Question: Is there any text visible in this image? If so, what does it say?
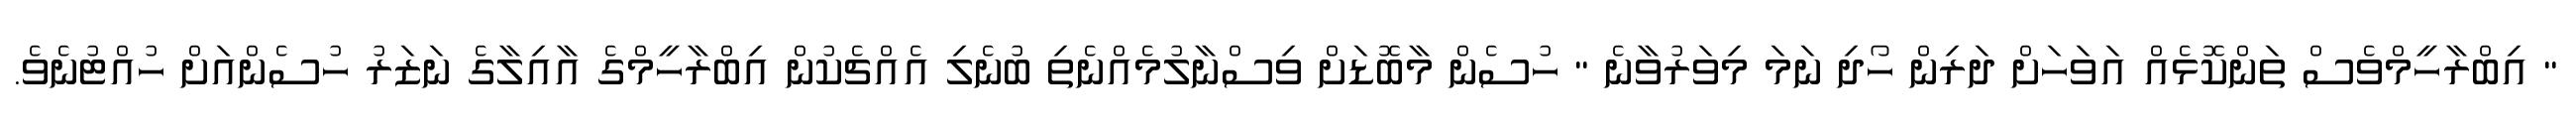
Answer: " އިބްރާހީމްވެސް ތަންކޮޅެއް އަވަހަށް ދަރިން ހޯދި ނަމަ މިވަރުވާނެ " ހުސެން މާބޮޑަށް ވިސްނާލުމެއްނެތި ބުނެލި އެއްޗެކުން އިބްރާހީމްގެ އާއިލާގެ ނަޒަރު ހުސެންއަށް ހުއްޓުނެވެ.